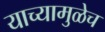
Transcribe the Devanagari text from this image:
याच्यामुळेच